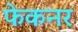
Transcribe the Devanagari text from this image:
फेकनर